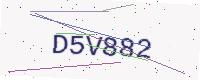
Text: D5V882